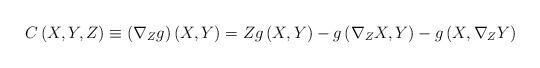
LaTeX: \begin{align*}C\left( X,Y,Z\right) \equiv \left( \nabla _{Z}g\right) \left( X,Y\right)=Zg\left( X,Y\right) -g\left( \nabla _{Z}X,Y\right) -g\left( X,\nabla_{Z}Y\right) \end{align*}